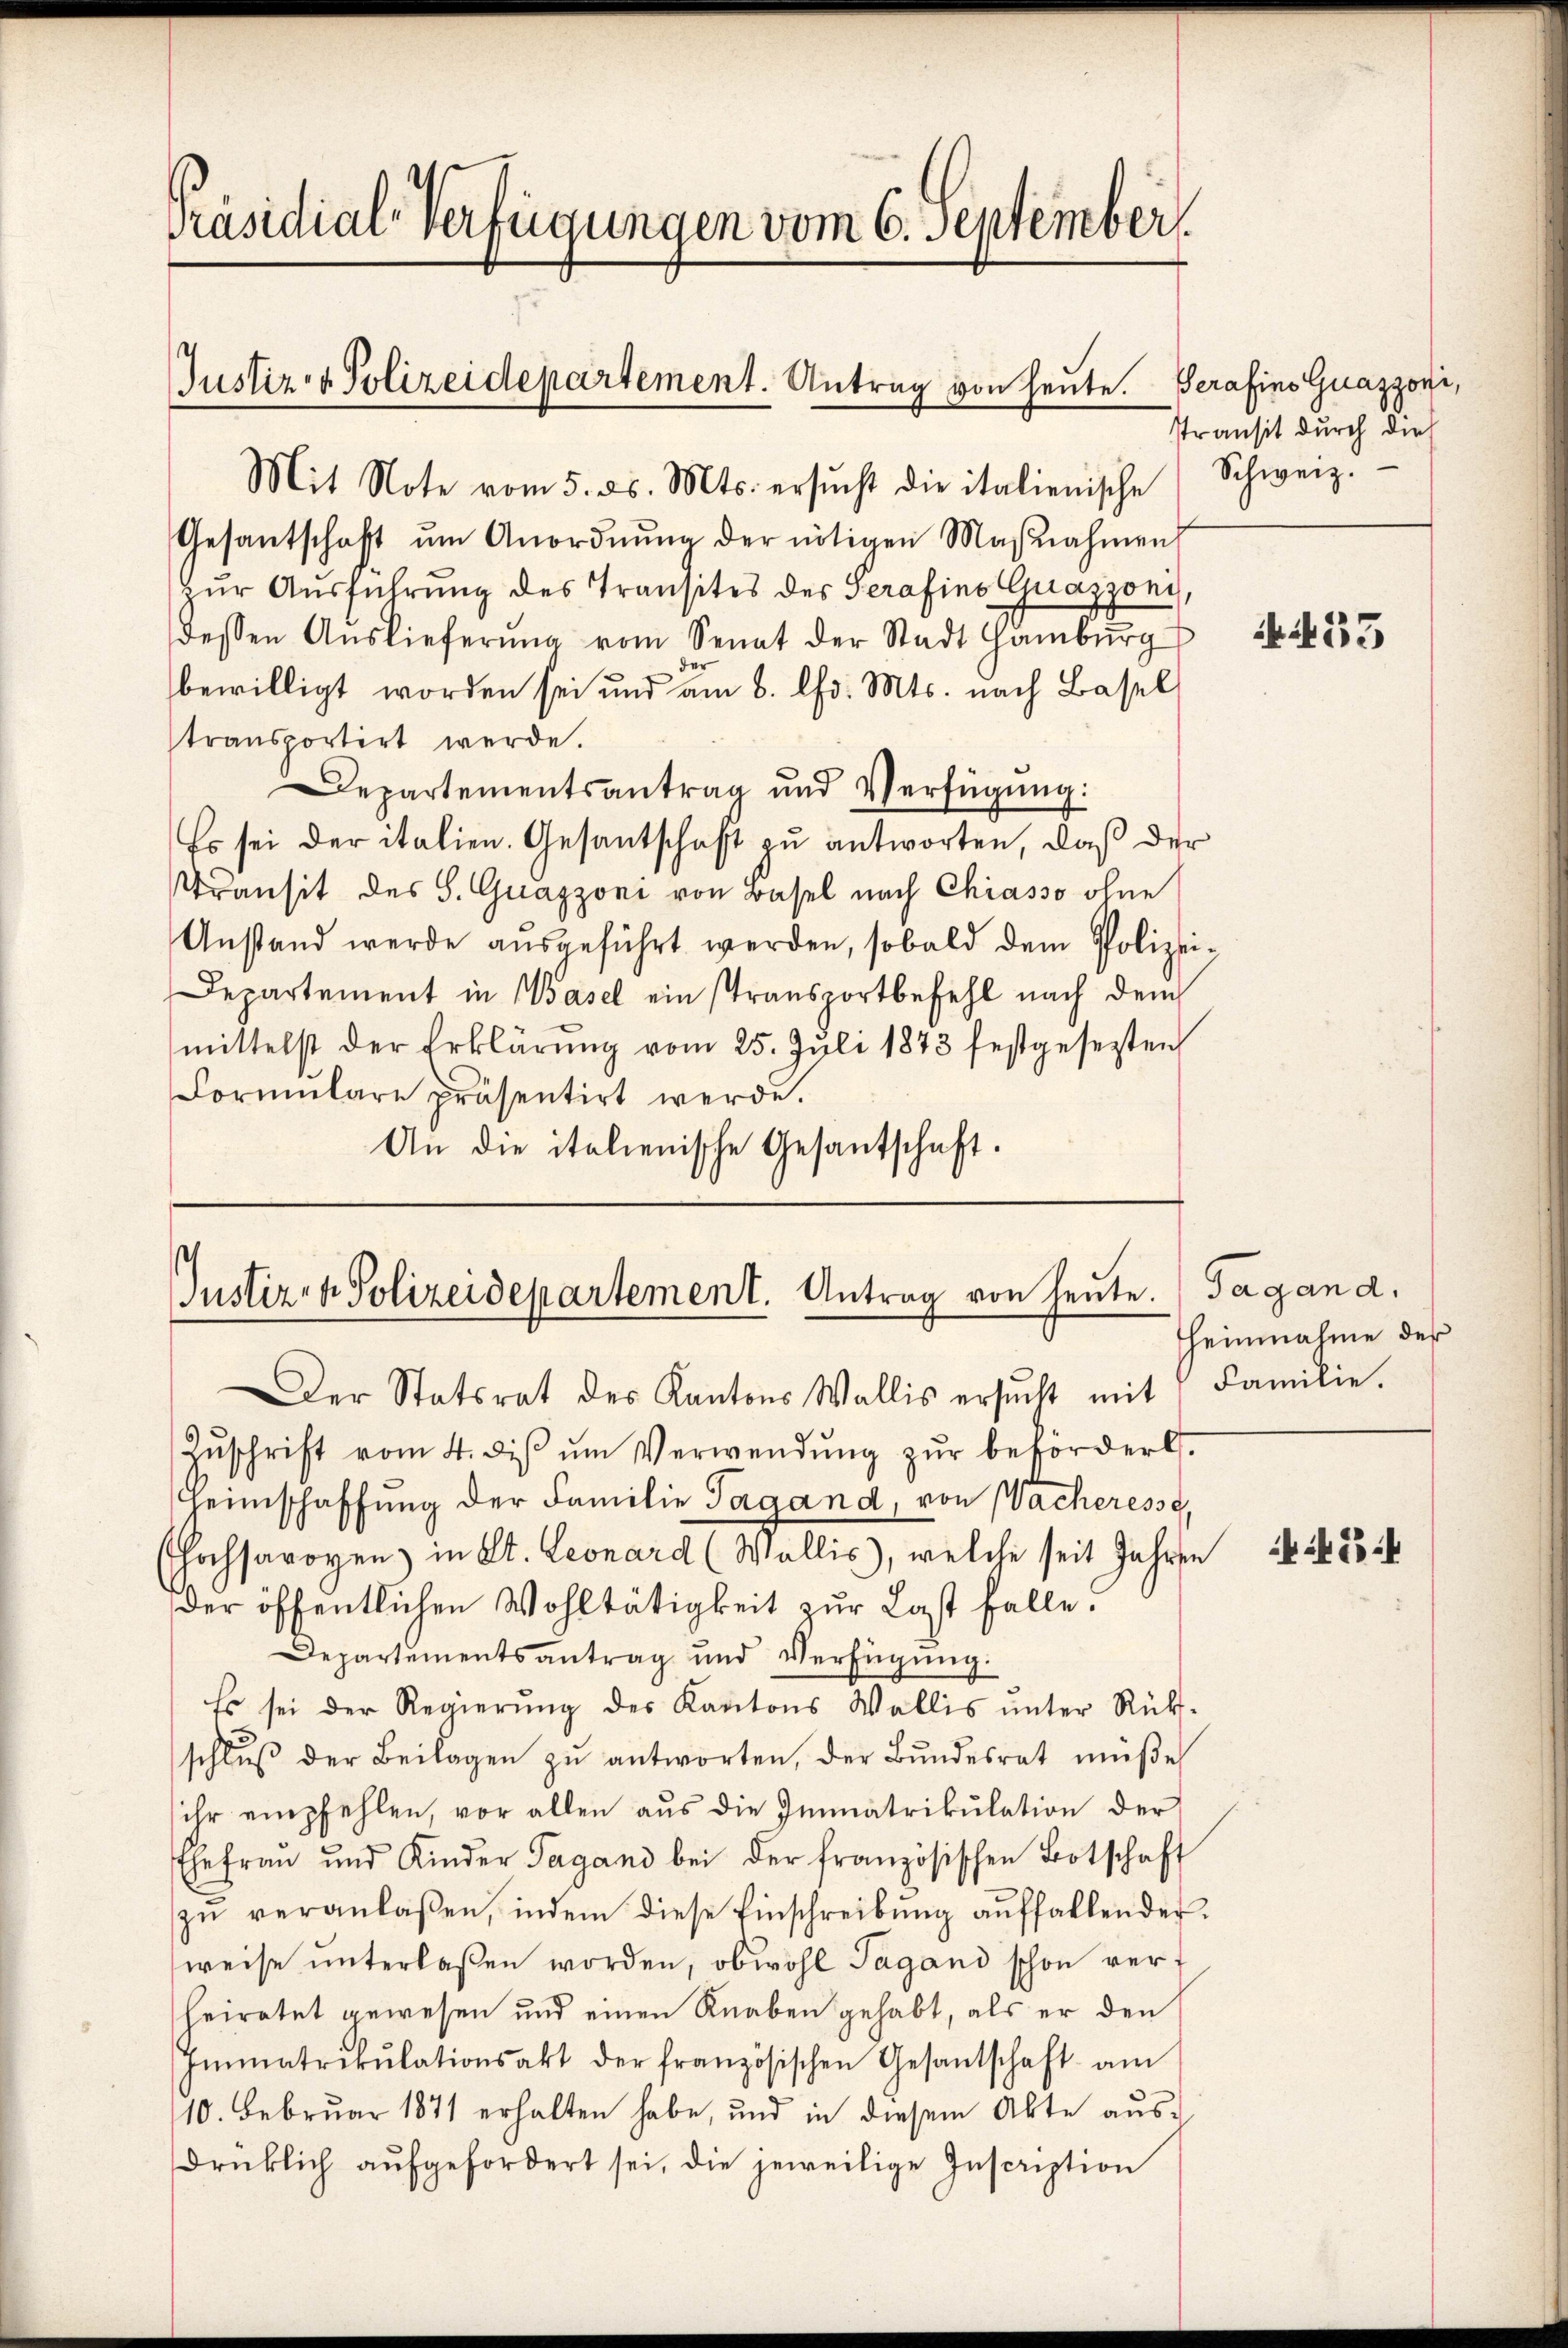
Präsidial-Verfügungen vom 6. September

Justiz- & Polizeidepartement. Antrag von heute. Gerafins Guazzovi,

Mit Note vom 5. ds. Mts. ersŭcht die italienische Schweiz.
Gesantschaft ŭm Anordnŭng der nötigen Maβnahmen
zŭr Aŭsführung des Transites des Serafino Guazzoni,
dessen Aŭslieferŭng vom Senat der Stadt Hamburg
des
bewilligt worden sei und am 6. Chr. Mts. nach Basel
stransportirt werde.
Departementsantrag und Verfügung:
Es sei der italien. Gesantschaft zu antworten, daß der
Transit des S. Guazzoni von Basel nach Chiasso ohne
Anstand werde ausgeführt werden, sobald dem Polizei¬
Departement in Basel ein stransportbefehl nach dem
mittelst der Erklärung vom 25. Juli 1873 festgesezten
Formulare präsentirt werde.
An die italienische Gesantschaft.

Justiz- & Polizeidepartement. Antrag von heute.
Der Statsrat des Kantons Wallis ersŭcht mit Familie.

Ptransit durch dies

Zŭschrift vom 4. diβ ŭm Verwendŭng zŭr befördert.
Heimschaffŭng der Familie Tagand, von Wacheresse,
hochsavoyen in St. Leonard (Wallis), welche seit Jahren
der öffentlichen Wohltätigkeit zur Last falle.
Departementsantrag und Verfügŭng:
Es sei der Regierŭng des Kantons Wallis ŭnter Rücks-
schlŭβ der Beilagen zŭ antworten, der Bundesrat müße
ihr empfehlen, vor allen aus die Immatrikulation der
Ehefrau und Kinder Tagand bei der französischen Botschaft
zŭ veranlaßen, indem diese Einschreibŭng aŭffallender.
weise unterlaßen worden, obwohl Tagand schon verheiratet gewesen und einen Knaben gehabt, als er den
Immatrikulationsakt der französischen Gesantschaft am
10. Februar 1871 erhalten habe, und in diesem Akte ausdrüklich aŭfgefordert sei, die jeweilige Inscription

453

Tagand.
heimnahme des

54